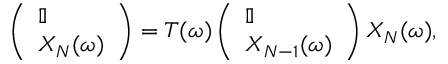
\begin{array} { r } { \left( \begin{array} { l } { \mathbb { I } } \\ { X _ { N } ( \omega ) } \end{array} \right) = T ( \omega ) \left( \begin{array} { l } { \mathbb { I } } \\ { X _ { N - 1 } ( \omega ) } \end{array} \right) X _ { N } ( \omega ) , } \end{array}